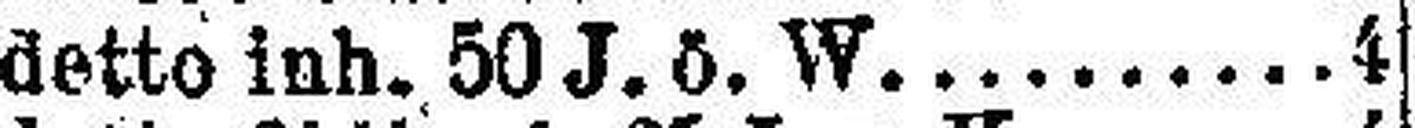
detto inh. 50 J. ö. W. 4